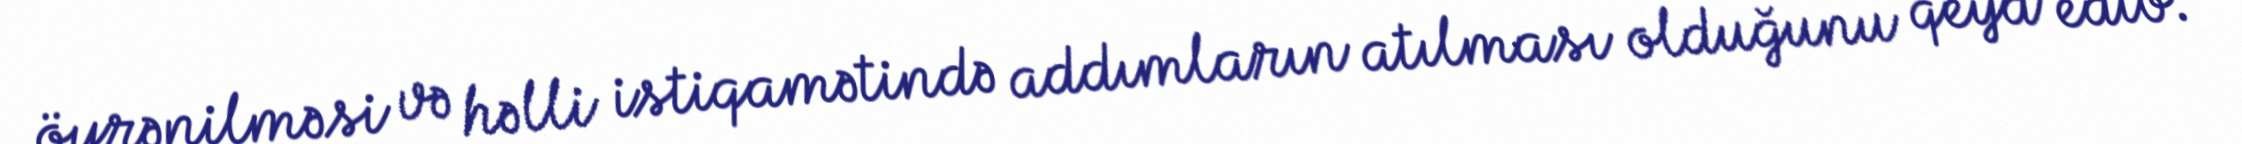
öyrənilməsi və həlli istiqamətində addımların atılması olduğunu qeyd edib.